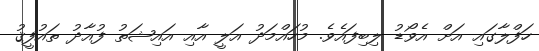
ހަފްލާގައި އަށް އެވޯޑު ލިބިފައެވެ. މުހައްމަދު އަލީ އާއި އައިޝަތު ފުއާދު ތައުފީޤު